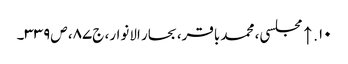
۱۰. ↑ مجلسی، محمد باقر، بحار الانوار، ج‌۸۷، ص‌۳۳۹۔